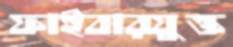
ফাইবারযুক্ত